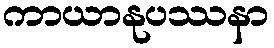
ကာယာနုပဿနာ